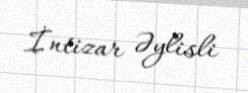
İntizar Əylisli